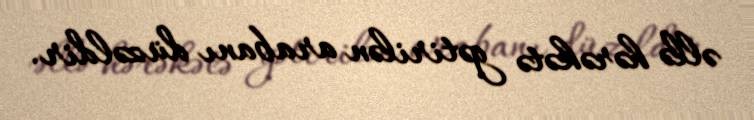
əllə hərəkətə gətirilən arabanı düzəldir.